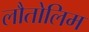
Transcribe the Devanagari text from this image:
लौतोलिम